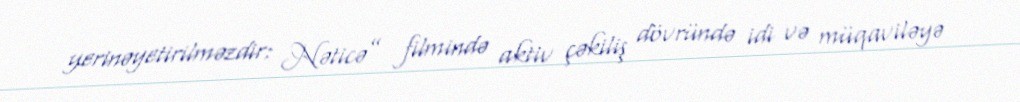
yerinəyetirilməzdir: Nəticə” filmində aktiv çəkiliş dövründə idi və müqaviləyə